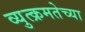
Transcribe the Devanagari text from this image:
व्युत्क्रमतेच्या